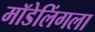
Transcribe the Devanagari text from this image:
मॉडेलिंगला